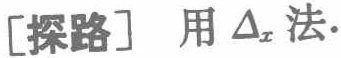
[探路] 用 $\Delta_x$ 法.